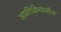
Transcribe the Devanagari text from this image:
अप्रतिक्रियाशील